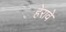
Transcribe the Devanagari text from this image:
हेरावे